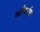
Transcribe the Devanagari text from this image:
स्टीवार्ट्स